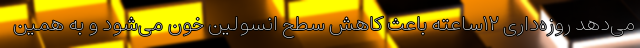
می‌دهد روزه‌داری ۱۲‌ساعته باعث کاهش سطح انسولین خون می‌شود و به همین